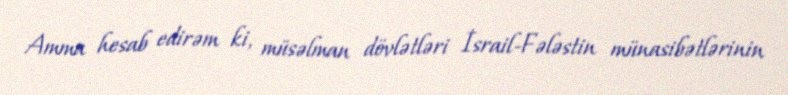
Amma hesab edirəm ki, müsəlman dövlətləri İsrail-Fələstin münasibətlərinin